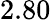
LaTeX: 2.80